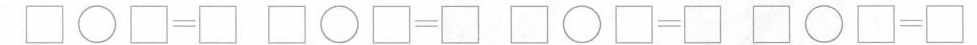
$$\Box \circ \Box = \Box$$ $$\Box \circ \Box = \Box$$ \Box \circ \Box= \Box$$ $$\Box \circ \Box=\Box$$